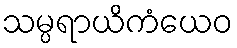
သမ္ပရာယိကံယေဝ